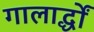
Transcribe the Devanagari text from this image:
गालार्द्धों